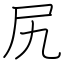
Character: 尻